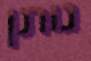
נותן